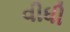
વીધી